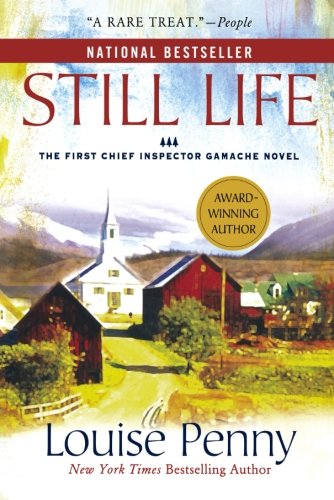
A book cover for Still Life; Louise Penny; Mystery, Thriller & Suspense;